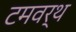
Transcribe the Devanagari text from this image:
टमवर्थ